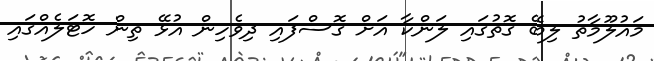
މައުލޫމާތު ލިބޭ ގޮތުގައި ލަންކާ އަށް ގޮސްފައި ދިވެހިން އުޅޭ ތިން ހޮޓަލެއްގައި